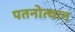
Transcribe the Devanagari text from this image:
पतनोत्थान